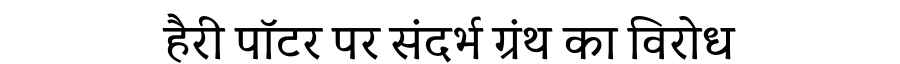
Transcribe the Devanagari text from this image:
हैरी पॉटर पर संदर्भ ग्रंथ का विरोध